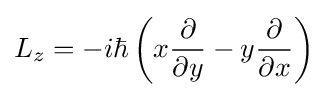
L_{z}=-i\hbar \left(x{\frac {\partial }{\partial y}}-y{\frac {\partial }{\partial x}}\right)